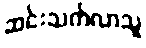
ဆင်းသက်လာသူ